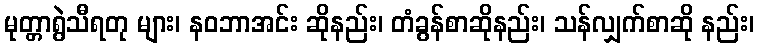
မုတ္တာရွဲသီရတု များ၊ နဝဘာအင်း ဆိုနည်း၊ တံခွန်စာဆိုနည်း၊ သန်လျှက်စာဆို နည်း၊